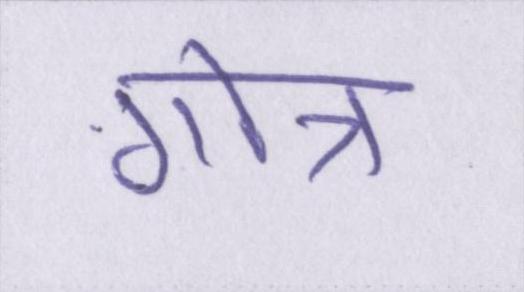
गोत्र